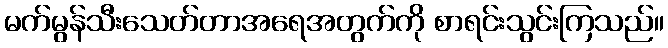
မက်မွန်သီးသေတ်တာအရေအတွက်ကို စာရင်းသွင်းကြသည်။